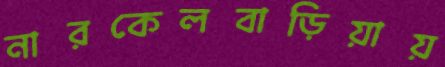
নারকেলবাড়িয়ায়